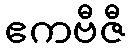
ဧကဗီဇီ